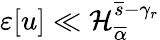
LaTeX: \varepsilon[u]\ll\mathcal{H}_{\overline{{\alpha}}}^{\overline{{s}}-\gamma_{r}}